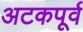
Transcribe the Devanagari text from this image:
अटकपूर्व